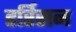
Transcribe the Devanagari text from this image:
हर्रिसन